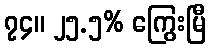
၇၄။ ၂၅.၅% ကြွေးမြီ